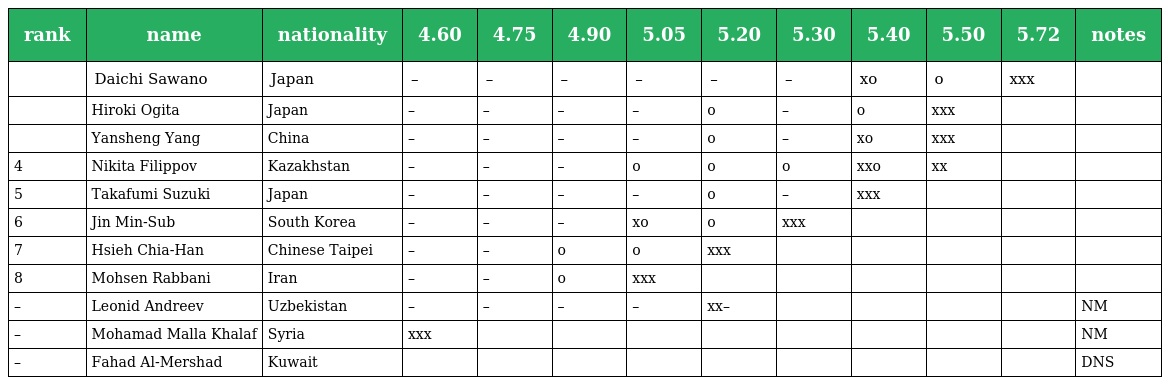
| rank | name | nationality | 4.60 | 4.75 | 4.90 | 5.05 | 5.20 | 5.30 | 5.40 | 5.50 | 5.72 | notes |
 | --- | --- | --- | --- | --- | --- | --- | --- | --- | --- | --- | --- | --- |
 |  | Daichi Sawano | Japan | – | – | – | – | – | – | xo | o | xxx |  |
 |  | Hiroki Ogita | Japan | – | – | – | – | o | – | o | xxx |  |  |
 |  | Yansheng Yang | China | – | – | – | – | o | – | xo | xxx |  |  |
 | 4 | Nikita Filippov | Kazakhstan | – | – | – | o | o | o | xxo | xx |  |  |
 | 5 | Takafumi Suzuki | Japan | – | – | – | – | o | – | xxx |  |  |  |
 | 6 | Jin Min-Sub | South Korea | – | – | – | xo | o | xxx |  |  |  |  |
 | 7 | Hsieh Chia-Han | Chinese Taipei | – | – | o | o | xxx |  |  |  |  |  |
 | 8 | Mohsen Rabbani | Iran | – | – | o | xxx |  |  |  |  |  |  |
 | – | Leonid Andreev | Uzbekistan | – | – | – | – | xx– |  |  |  |  | NM |
 | – | Mohamad Malla Khalaf | Syria | xxx |  |  |  |  |  |  |  |  | NM |
 | – | Fahad Al-Mershad | Kuwait |  |  |  |  |  |  |  |  |  | DNS |